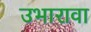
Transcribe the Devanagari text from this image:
उभारावा